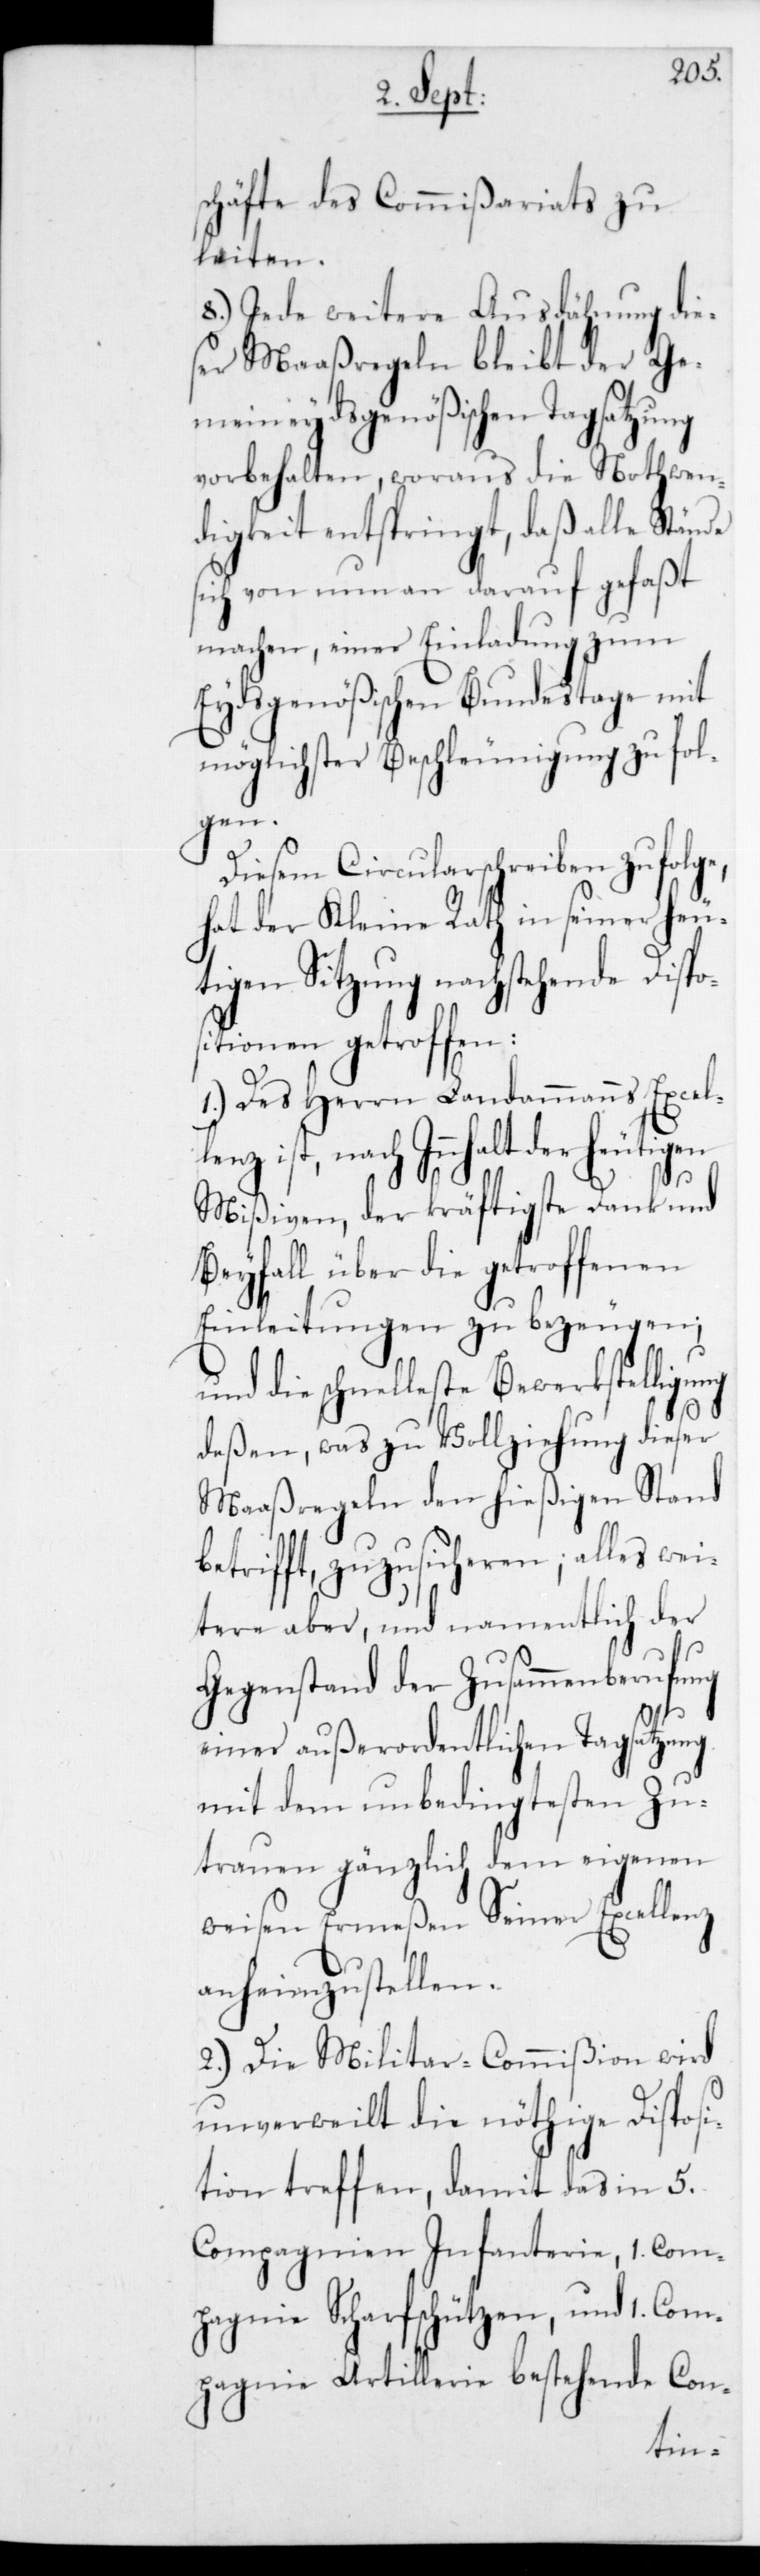
schäfte des Commißariats zu
leiten.
8.) Jede weitere Ausdähnung die¬
ser Maaßregeln bleibt der Ge¬
meineydsgenößischen Tagsatzung
vorbehalten, woraus die Nothwen¬
digkeit entspringt, daß alle Stände
sich von nun an darauf gefaßt
machen, einer Einladung zum
Eydsgenößischen Bundestage mit
möglichster Beschleunigung zu fol¬
enz
Diesem Circularschreiben zufolge,
hat der Kleine Rath in seiner heu¬
tigen Sitzung nachstehende Dispo¬
sitionen getroffen:
1.) Des Herrn Landammanns Excel¬
nach Innhalt der heutigen
Mißiven, der kräftigste Dank und
Beyfall über die getroffenen
gen,
Einleitungen zu be¬
und die schnelleste Bewerkstelli¬
dieser
deßen, was zu Vollzi¬
Maaßregeln den hießigenStan¬
wei¬
trifft, zuzusicher¬
tere aber, und namentlich der
Gegenstand der Zusammenberufung
einer außerordentlichen Tagsatzung
mit dem unbedingtesten Zu¬
trauen gänzlich dem eigenen
weisen Ermeßen Seiner Excell¬
anheimzustellen.
2.) Die Militar-Commißion wird
unverweilt die nöthige Disposi¬
tion treffen, damit das in 5
Compagnien Infanterie, 1 Com¬
pagnie Scharfschützen und 1 Com¬
pagnie Artillerie bestehende Con-